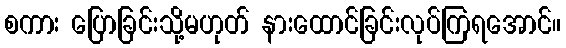
စကား ပြောခြင်းသို့မဟုတ် နားထောင်ခြင်းလုပ်ကြရအောင်။